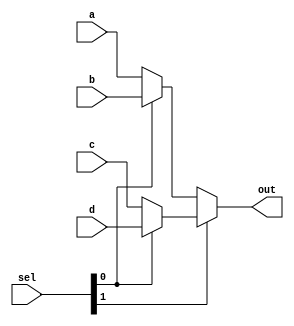
module mux4to1 (a,b,c,d,sel,out);
    parameter n=16;
    input [n-1: 0] a, b, c, d;
    input [1:0] sel;
    output [n-1: 0] out;
    assign out = sel[1] ? (sel[0] ? d : c) : (sel[0] ? b : a);
endmodule